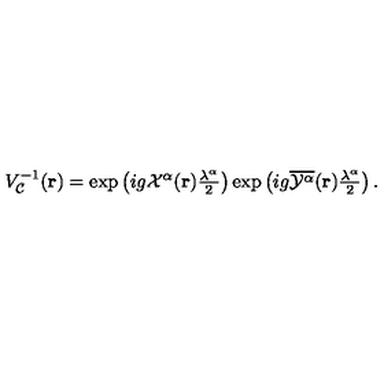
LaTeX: V _ { \cal { C } } ^ { - 1 } ( { \bf { r } } ) = \exp \left( i g { \cal X } ^ { \alpha } ( { \bf { r } } ) { \textstyle \frac { \lambda ^ { \alpha } } { 2 } } \right) \exp \left( i g { \overline { { { \cal { Y } } ^ { \alpha } } } } ( { \bf { r } } ) { \textstyle \frac { \lambda ^ { \alpha } } { 2 } } \right) .